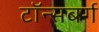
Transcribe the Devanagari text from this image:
टॉन्सबर्ग